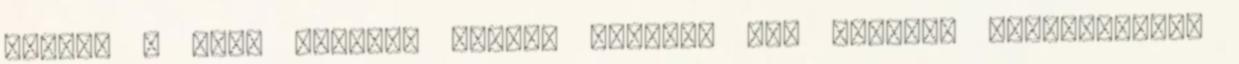
András - Nagy Ferenc: Kalmár László. In: Nemzeti évfordulóink